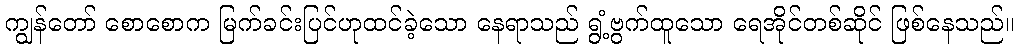
ကျွန်တော် စောစောက မြက်ခင်းပြင်ဟုထင်ခဲ့သော နေရာသည် ရွံ့ဗွက်ထူသော ရေအိုင်တစ်ဆိုင် ဖြစ်နေသည်။